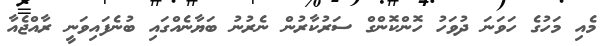
މެއި މަހުގެ ހަވަނަ ދުވަހު ހޮންކޮންގް ސަރުކާރުން ނެރުނު ބަޔާނެއްގައި ބުނެފައިވަނީ ރާއްޖެއާ